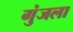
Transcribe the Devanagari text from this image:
गुंजला